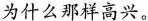
为什么那样高兴。